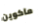
ماكوين